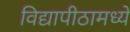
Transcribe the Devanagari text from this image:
विद्यापीठामध्‍ये